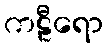
ကဠီရော